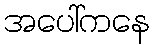
အပေါ်ကနေ